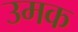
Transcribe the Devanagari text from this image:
उमक